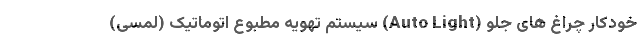
خودکار چراغ های جلو (Auto Light) سیستم تهویه مطبوع اتوماتیک (لمسی)